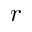
r